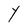
Character: Y